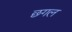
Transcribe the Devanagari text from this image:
छगल